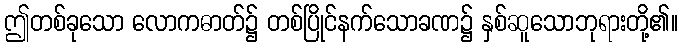
ဤတစ်ခုသော လောကဓာတ်၌ တစ်ပြိုင်နက်သောခဏ၌ နှစ်ဆူသောဘုရားတို့၏။